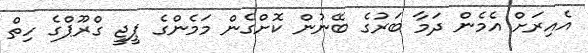
އެއިރަށް އެމެން ދަމާ ބަރުގެ ބޭނުން ކޮށްގެން މަމެންގެ ޕީޖީ ގްރޫޕްގެ ހިތް